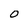
Character: O